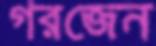
গরজেন